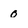
Character: 0